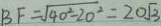
B F = \sqrt { 4 0 ^ { 2 } - 2 0 ^ { 2 } } = 2 0 \sqrt { 3 }